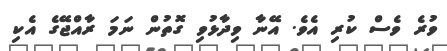
ވުރެ ވެސް ކުރި އެވެ. އޭނާ ވިދާޅުވި ގޮތުން ނަމަ ރާއްޖޭގެ އެކި